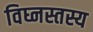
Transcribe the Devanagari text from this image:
विघ्नस्तस्य